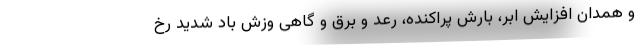
و همدان افزایش ابر، بارش پراکنده، رعد و برق و گاهی وزش باد شدید رخ